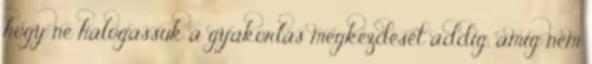
hogy ne halogassuk a gyakorlás megkezdését addig, amíg nem